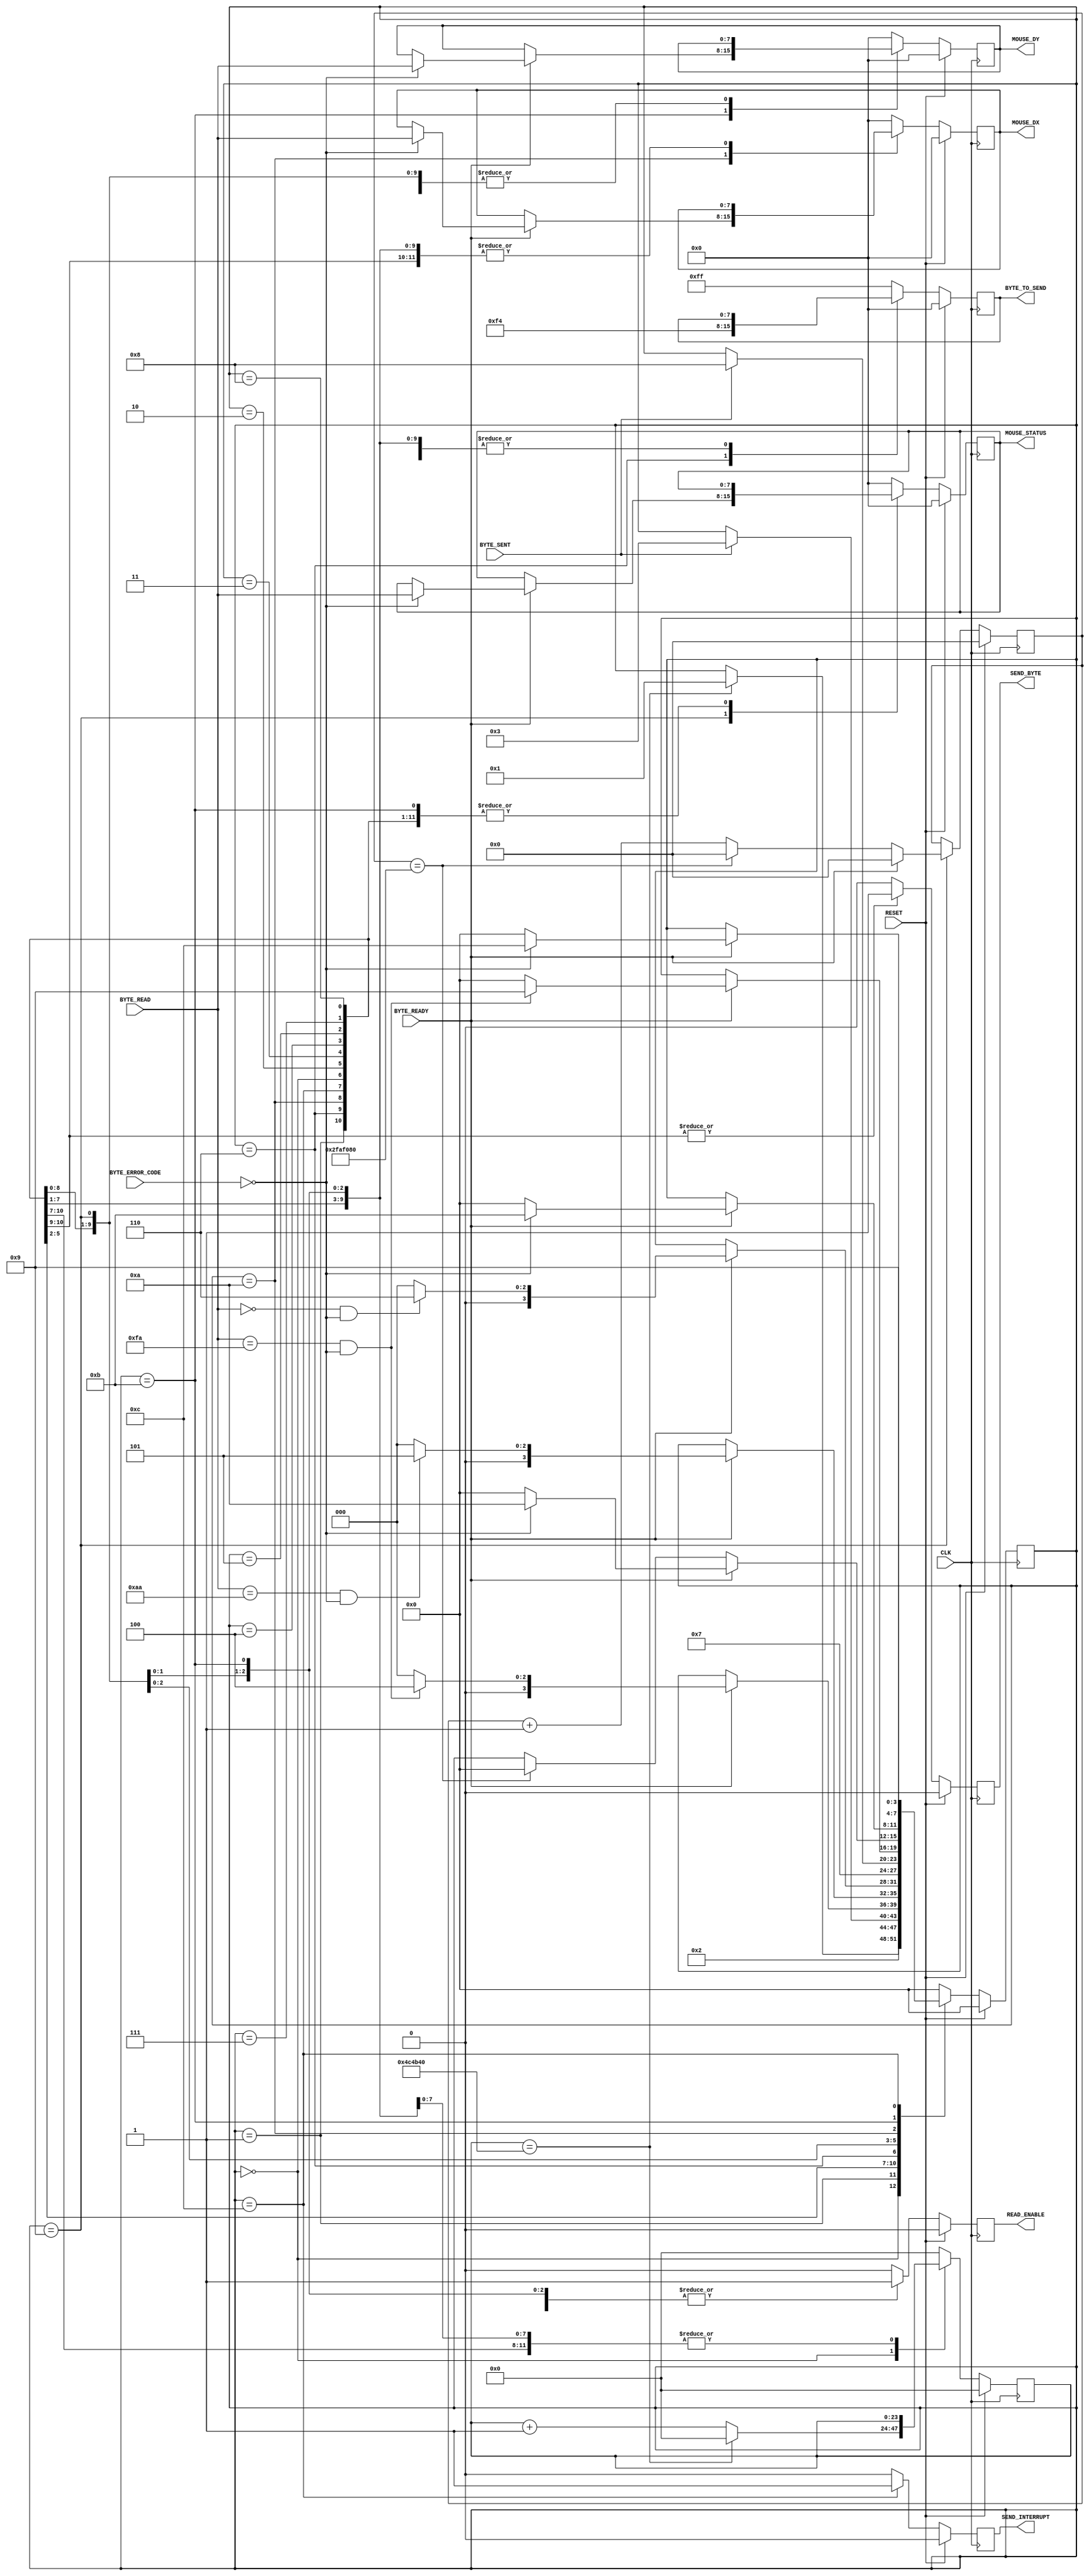
`timescale 1ns / 1ps

module MouseMasterSM(
	input 			CLK,
	input 			RESET,
	//Transmitter Control
	output 			SEND_BYTE,
	output [7:0] 	BYTE_TO_SEND,
	input 			BYTE_SENT,
	//Receiver Control
	output 			READ_ENABLE,
	input [7:0] 	BYTE_READ,
	input [1:0] 	BYTE_ERROR_CODE,
	input 			BYTE_READY,
	//Data Registers
	output [7:0] 	MOUSE_DX,
	output [7:0] 	MOUSE_DY,
	output [7:0] 	MOUSE_STATUS,
	output 			SEND_INTERRUPT
);
	//////////////////////////////////////////////////////////////
	// Main state machine - There is a setup sequence
	//
	// 1) Send FF -- Reset command,
	// 2) Read FA -- Mouse Acknowledge,
	// 2) Read AA -- Self-Test Pass
	// 3) Read 00 -- Mouse ID
	// 4) Send F4 -- Start transmitting command,
	// 5) Read FA -- Mouse Acknowledge,
	//
	// If at any time this chain is broken, the SM will restart from
	// the beginning. Once it has finished the set-up sequence, the read enable flag
	// is raised.
	// The host is then ready to read mouse information 3 bytes at a time:
	// S1) Wait for first read, When it arrives, save it to Status. Goto S2.
	// S2) Wait for second read, When it arrives, save it to DX. Goto S3.
	// S3) Wait for third read, When it arrives, save it to DY. Goto S1.
	// Send interrupt.
	
	//State Control
	reg [3:0] 	Curr_State, Next_State;
	reg [23:0] 	Curr_Counter, Next_Counter;
	reg [25:0]	Curr_Timeout_Counter, Next_Timeout_Counter;

	//Transmitter Control
	reg 			Curr_SendByte, Next_SendByte;
	reg [7:0] 	Curr_ByteToSend, Next_ByteToSend;

	//Receiver Control
	reg 			Curr_ReadEnable, Next_ReadEnable;

	//Data Registers
	reg [7:0] 	Curr_Status, Next_Status;
	reg [7:0] 	Curr_Dx, Next_Dx;
	reg [7:0] 	Curr_Dy, Next_Dy;
	reg 			Curr_SendInterrupt, Next_SendInterrupt;

	//Sequential
	always@(posedge CLK)
		begin
			if(RESET)
				begin
					Curr_State 				<= 4'h0;
					Curr_Counter 			<= 0;
					Curr_SendByte 			<= 1'b0;
					Curr_ByteToSend 		<= 8'h00;
					Curr_ReadEnable 		<= 1'b0;
					Curr_Status 			<= 8'h00;
					Curr_Dx 					<= 8'h00;
					Curr_Dy 					<= 8'h00;
					Curr_SendInterrupt 	<= 1'b0;
					Curr_Timeout_Counter <= 0;
				end
			else 
				begin
					Curr_State 				<= Next_State;
					Curr_Counter 			<= Next_Counter;
					Curr_SendByte 			<= Next_SendByte;
					Curr_ByteToSend 		<= Next_ByteToSend;
					Curr_ReadEnable 		<= Next_ReadEnable;
					Curr_Status 			<= Next_Status;
					Curr_Dx 					<= Next_Dx;
					Curr_Dy 					<= Next_Dy;
					Curr_SendInterrupt 	<= Next_SendInterrupt;
					Curr_Timeout_Counter <= Next_Timeout_Counter;
				end
		end
	
	//Combinatorial
	always@* 
		begin
			Next_State 				= Curr_State;
			Next_Counter 			= Curr_Counter;
			Next_SendByte 			= 1'b0;
			Next_ByteToSend 		= Curr_ByteToSend;
			Next_ReadEnable 		= 1'b0;
			Next_Status 			= Curr_Status;
			Next_Dx 					= Curr_Dx;
			Next_Dy 					= Curr_Dy;
			Next_SendInterrupt 	= 1'b0;
			Next_Timeout_Counter = Curr_Timeout_Counter;
			
			case(Curr_State)
				//Initialise State - Wait here for 10ms before trying to initialise the mouse.
				0: 
					begin
						if(Curr_Counter == 5000000)
							begin // 1/100th sec at 50MHz clock
								Next_State 			= 1;
								Next_Counter 		= 0;
							end 
						else	
							Next_Counter 			= Curr_Counter + 1'b1;
					end
					//Start initialisation by sending FF
				1: 
					begin
						Next_State 					= 2;
						Next_SendByte 				= 1'b1;
						Next_ByteToSend 			= 8'hFF;
					end
				//Wait for confirmation of the byte being sent
				2: 
					begin
						if(BYTE_SENT)
							Next_State 				= 3;
					end
				//Wait for confirmation of a byte being received
				//If the byte is FA goto next state, else re-initialise.
				3: 
					begin
						if(BYTE_READY)
							begin
								if((BYTE_READ == 8'hFA) & (BYTE_ERROR_CODE == 2'b00))
									Next_State 		= 4;
								else
									Next_State 		= 0;
							end
						
						Next_ReadEnable 			= 1'b1;
					end
				//Wait for self-test pass confirmation
				//If the byte received is AA goto next state, else re-initialise
				4: 
					begin
						if(BYTE_READY) 
							begin
								if((BYTE_READ == 8'hAA) & (BYTE_ERROR_CODE == 2'b00))
									Next_State 		= 5;
								else
									Next_State 		= 0;
							end
							
						Next_ReadEnable 			= 1'b1;
					end
				//Wait for confirmation of a byte being received
				//If the byte is 00 goto next state (MOUSE ID) else re-initialise
				5: 
					begin
						if(BYTE_READY) 
							begin
								if((BYTE_READ == 8'h00) & (BYTE_ERROR_CODE == 2'b00))
									Next_State 		= 6;
								else
									Next_State 		= 0;
							end
						
						Next_ReadEnable = 1'b1;
					end
				//Send F4 - to start mouse transmit
				6: 
					begin
						Next_State 					= 7;
						Next_SendByte 				= 1'b1;
						Next_ByteToSend 			= 8'hF4;
					end
				//Wait for confirmation of the byte being sent
				7: if(BYTE_SENT) Next_State = 4'h8;
				//Wait for confirmation of a byte being received
				//If the byte is FA goto next state, else re-initialise
				8: 
					begin
						if(BYTE_READY) 
							begin
								if((BYTE_READ == 8'hFA) & (BYTE_ERROR_CODE == 2'b00))
									Next_State 		= 9;
								else
									Next_State 		= 0;
							end
						
						Next_ReadEnable 			= 1'b1;
					end
				///////////////////////////////////////////////////////////
				//At this point the SM has initialised the mouse.
				//Now we are constantly reading. If at any time
				//there is an error, we will re-initialise
				//the mouse - just in case.
				///////////////////////////////////////////////////////////
				//Wait for the confirmation of a byte being received.
				//This byte will be the first of three, the status byte.
				//If a byte arrives, but is corrupted, then we re-initialise
				

				9:
					begin
						if(BYTE_READY)
							begin
								if(BYTE_ERROR_CODE == 2'b00)
									begin
										Next_State 					= 10;
										Next_Status 				= BYTE_READ;
										Next_Timeout_Counter 	= 0;	
									end
								else
									Next_State 						= 0;					// actually reinit on corrupted byte
									Next_Timeout_Counter 		= 0;
							end
						else if(Curr_Timeout_Counter == 50000000)		// reset device every 1ms
							begin
								Next_Timeout_Counter 			= 0;			 
								Next_State							= 0;
							end
						else
							Next_Timeout_Counter = Curr_Timeout_Counter + 1;
						
						

						Next_ReadEnable 					= 1'b1;
					end
						
			//-------------------------------------------------------------------------------
            //Fill in this area
            //-------------------------------------------------------------------------------
				10:
					begin
						if(BYTE_READY)
							begin
								if(BYTE_ERROR_CODE == 2'b00)
									begin
										Next_State 			= 11;
										Next_Dx 				= BYTE_READ;
									end
								else
									Next_State 				= 0;
							end
							
						Next_ReadEnable 					= 1'b1;
					end
				//Wait for confirmation of a byte being received
				//This byte will be the third of three, the Dy byte.
				//-------------------------------------------------------------------------------
                //Fill in this area
                //-------------------------------------------------------------------------------
				11:
					begin
						if(BYTE_READY)
							begin
								if(BYTE_ERROR_CODE == 2'b00)
									begin
										Next_State 			= 12;
										Next_Dy 				= BYTE_READ;
									end
								else
									Next_State 				= 0;
							end
							
						Next_ReadEnable 					= 1'b1;
					end
				//Send Interrupt State
				12: begin
					Next_State 								= 9;
					Next_SendInterrupt 					= 1'b1;
				end
				//Default State
				default: begin
					Next_State 				= 4'h0;
					Next_Counter 			= 0;
					Next_SendByte 			= 1'b0;
					Next_ByteToSend 		= 8'hFF;
					Next_ReadEnable 		= 1'b0;
					Next_Status 			= 8'h00;
					Next_Dx 					= 8'h00;
					Next_Dy 					= 8'h00;
					Next_SendInterrupt 	= 1'b0;
				end
			endcase
		end
	
	///////////////////////////////////////////////////
	//Tie the SM signals to the IO
	//Transmitter
	assign SEND_BYTE 			= Curr_SendByte;
	assign BYTE_TO_SEND 		= Curr_ByteToSend;
	
	//Receiver
	assign READ_ENABLE 		= Curr_ReadEnable;
	
	//Output Mouse Data
	assign MOUSE_DX 			= Curr_Dx;
	assign MOUSE_DY 			= Curr_Dy;
	assign MOUSE_STATUS 		= Curr_Status;
	assign SEND_INTERRUPT 	= Curr_SendInterrupt;
endmodule